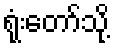
ရုံးတော်သို့